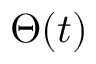
\Theta ( t )